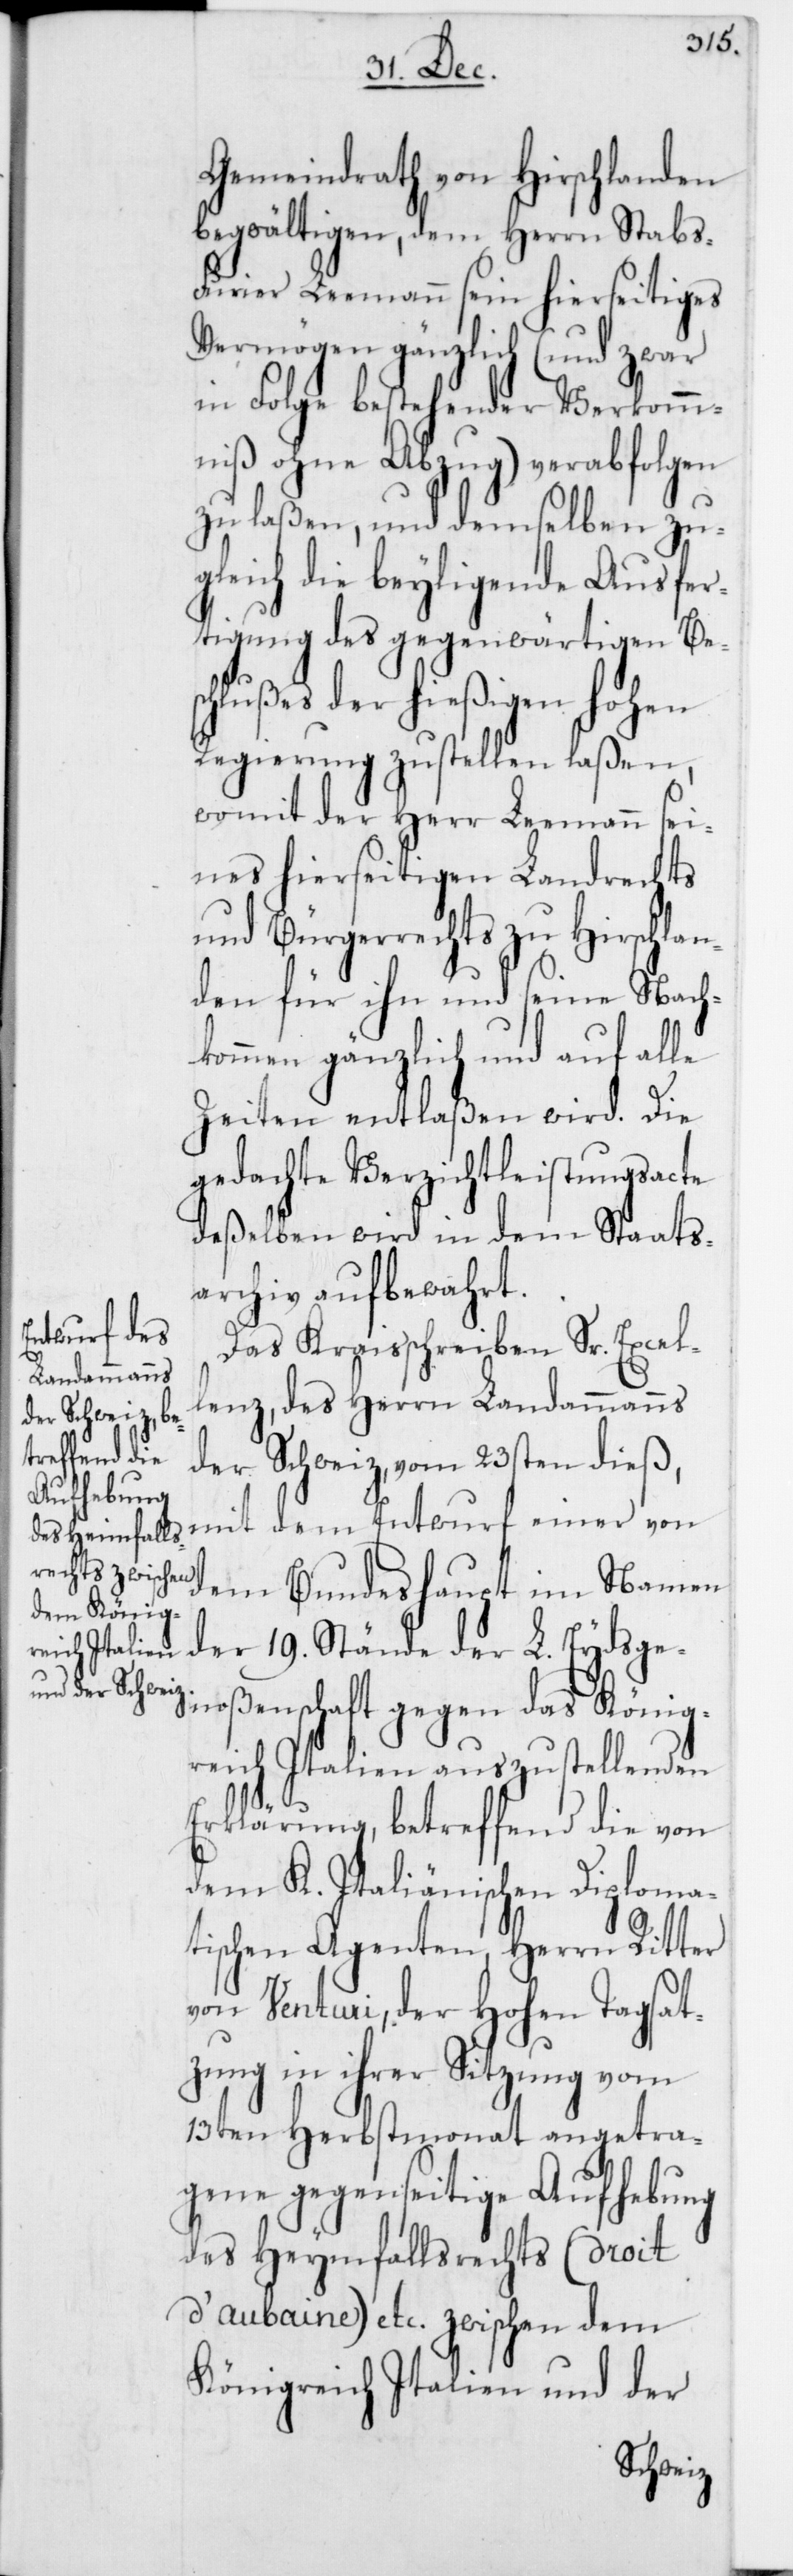
Gemeindrath von Hirschlanden
begwältigen, dem Herrn Stabs-F¬
urier Leemann sein hierseitiges
Vermögen gänzlich (und zwar
in Folge bestehender Verkomm¬
niß ohne Abzug) verabfolgen
zu laßen, und demselben zu¬
gleich die beyligende Ausfer¬
tigung des gegenwärtigen Bes¬
chlußes der hießigen hohen
Regierung zustellen laßen,
womit der Herr Leemann sei¬
nes hierseitigen Landrechts
und Bürgerrechts zu Hirschlan¬
den für ihn und seine Nach¬
kommen gänzlich und auf alle
Zeiten entlaßen wird. Die
gedachte Verzichtleistungsacte
deßelben wird in dem Staats¬
archiv aufbewahrt.
Das Kraisschreiben Sr. Excel¬
lenz, des Herrn Landammanns
der Schweiz, vom 23sten dieß,
mit dem Entwurf einer von
dem Bundeshaupt im Namen
der 19. Stände der L. Eydsge¬
noßenschaft gegen das König¬
reich Italien auszustellenden
Erklärung, betreffend die von
dem K. Italiänischen Diploma¬
tischen Agenten, Herrn Ritter
von Venturi, der Hohen Tagsat¬
zung in ihrer Sitzung vom
13ten Herbstmonat angetra¬
gene gegenseitige Aufhebung
des Heymfallsrechts (droit
d’aubaine) etc. zwischen dem
Königreich Italien und der